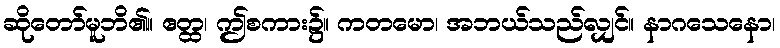
ဆိုတော်မူဘိ၏။ ဧတ္ထ၊ ဤစကား၌။ ကတမော၊ အဘယ်သည်လျှင်။ နာဂသေနော၊